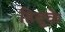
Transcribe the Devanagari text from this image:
हिब्रूके